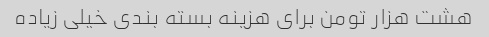
هشت هزار تومن برای هزینه بسته بندی خیلی زیاده